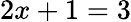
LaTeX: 2x+1=3